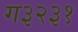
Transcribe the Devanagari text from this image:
ग३२३१